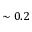
\sim 0 . 2